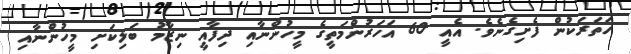
ހަތަރަކުން ފެށިގެނެވެ. އެއީ 60 އަހަރުންމަތީގެ މީހުންނާއި ދިފާއީ ނިޒާމު ބަލިކަށި މީހުންނާއި